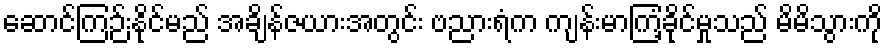
ဆောင်ကြဉ်းနိုင်မည် အချိန်ဇယားအတွင်း ဗညားရံက ကျန်းမာကြံ့ခိုင်မှုသည် မိမိသွားကို